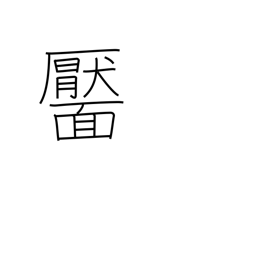
Meaning: dimple